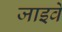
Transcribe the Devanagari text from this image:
जाइवे